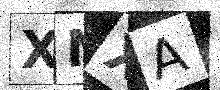
Text: XNXA